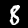
Label: 8